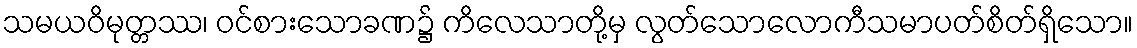
သမယဝိမုတ္တဿ၊ ဝင်စားသောခဏ၌ ကိလေသာတို့မှ လွတ်သောလောကီသမာပတ်စိတ်ရှိသော။